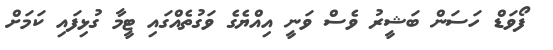
ފޯވަޑް ހަސަން ބަޝީރު ވެސް ވަނީ އިއްޔެގެ ވަގުތެއްގައި ޓީމާ ގުޅިފައި ކަމަށް